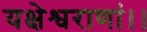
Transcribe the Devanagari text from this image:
यक्षेश्वराणां।।